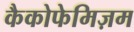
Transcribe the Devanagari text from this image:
कैकोफेमिज़म